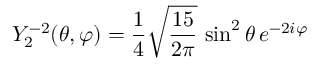
Y _ { 2 } ^ { - 2 } ( \theta , \varphi ) = { \frac { 1 } { 4 } } { \sqrt { \frac { 1 5 } { 2 \pi } } } \, \sin ^ { 2 } \theta \, e ^ { - 2 i \varphi }